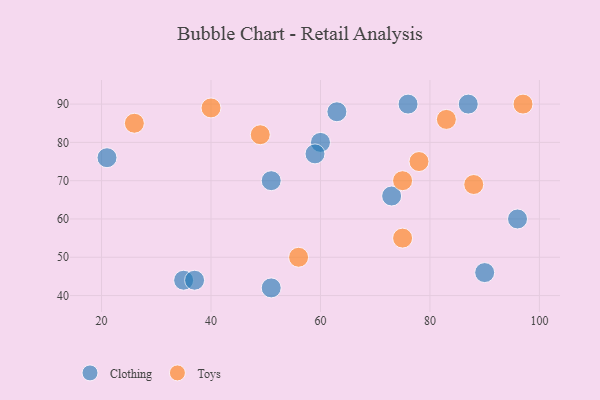
{"axis": {"x": "GDP", "y": "Life Expectancy"}, "legend": ["Clothing", "Toys"], "data": [{"x": "76", "y": 90, "type": "Clothing"}, {"x": "96", "y": 60, "type": "Clothing"}, {"x": "35", "y": 44, "type": "Clothing"}, {"x": "60", "y": 80, "type": "Clothing"}, {"x": "21", "y": 76, "type": "Clothing"}, {"x": "63", "y": 88, "type": "Clothing"}, {"x": "59", "y": 77, "type": "Clothing"}, {"x": "37", "y": 44, "type": "Clothing"}, {"x": "73", "y": 66, "type": "Clothing"}, {"x": "51", "y": 70, "type": "Clothing"}, {"x": "90", "y": 46, "type": "Clothing"}, {"x": "87", "y": 90, "type": "Clothing"}, {"x": "51", "y": 42, "type": "Clothing"}, {"x": "26", "y": 85, "type": "Toys"}, {"x": "75", "y": 55, "type": "Toys"}, {"x": "97", "y": 90, "type": "Toys"}, {"x": "75", "y": 70, "type": "Toys"}, {"x": "83", "y": 86, "type": "Toys"}, {"x": "49", "y": 82, "type": "Toys"}, {"x": "56", "y": 50, "type": "Toys"}, {"x": "40", "y": 89, "type": "Toys"}, {"x": "78", "y": 75, "type": "Toys"}, {"x": "88", "y": 69, "type": "Toys"}]}